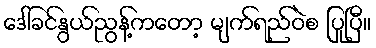
ဒေါ်ခင်နွယ်ညွန့်ကတော့ မျက်ရည်ဝဲစ ပြုပြီ။